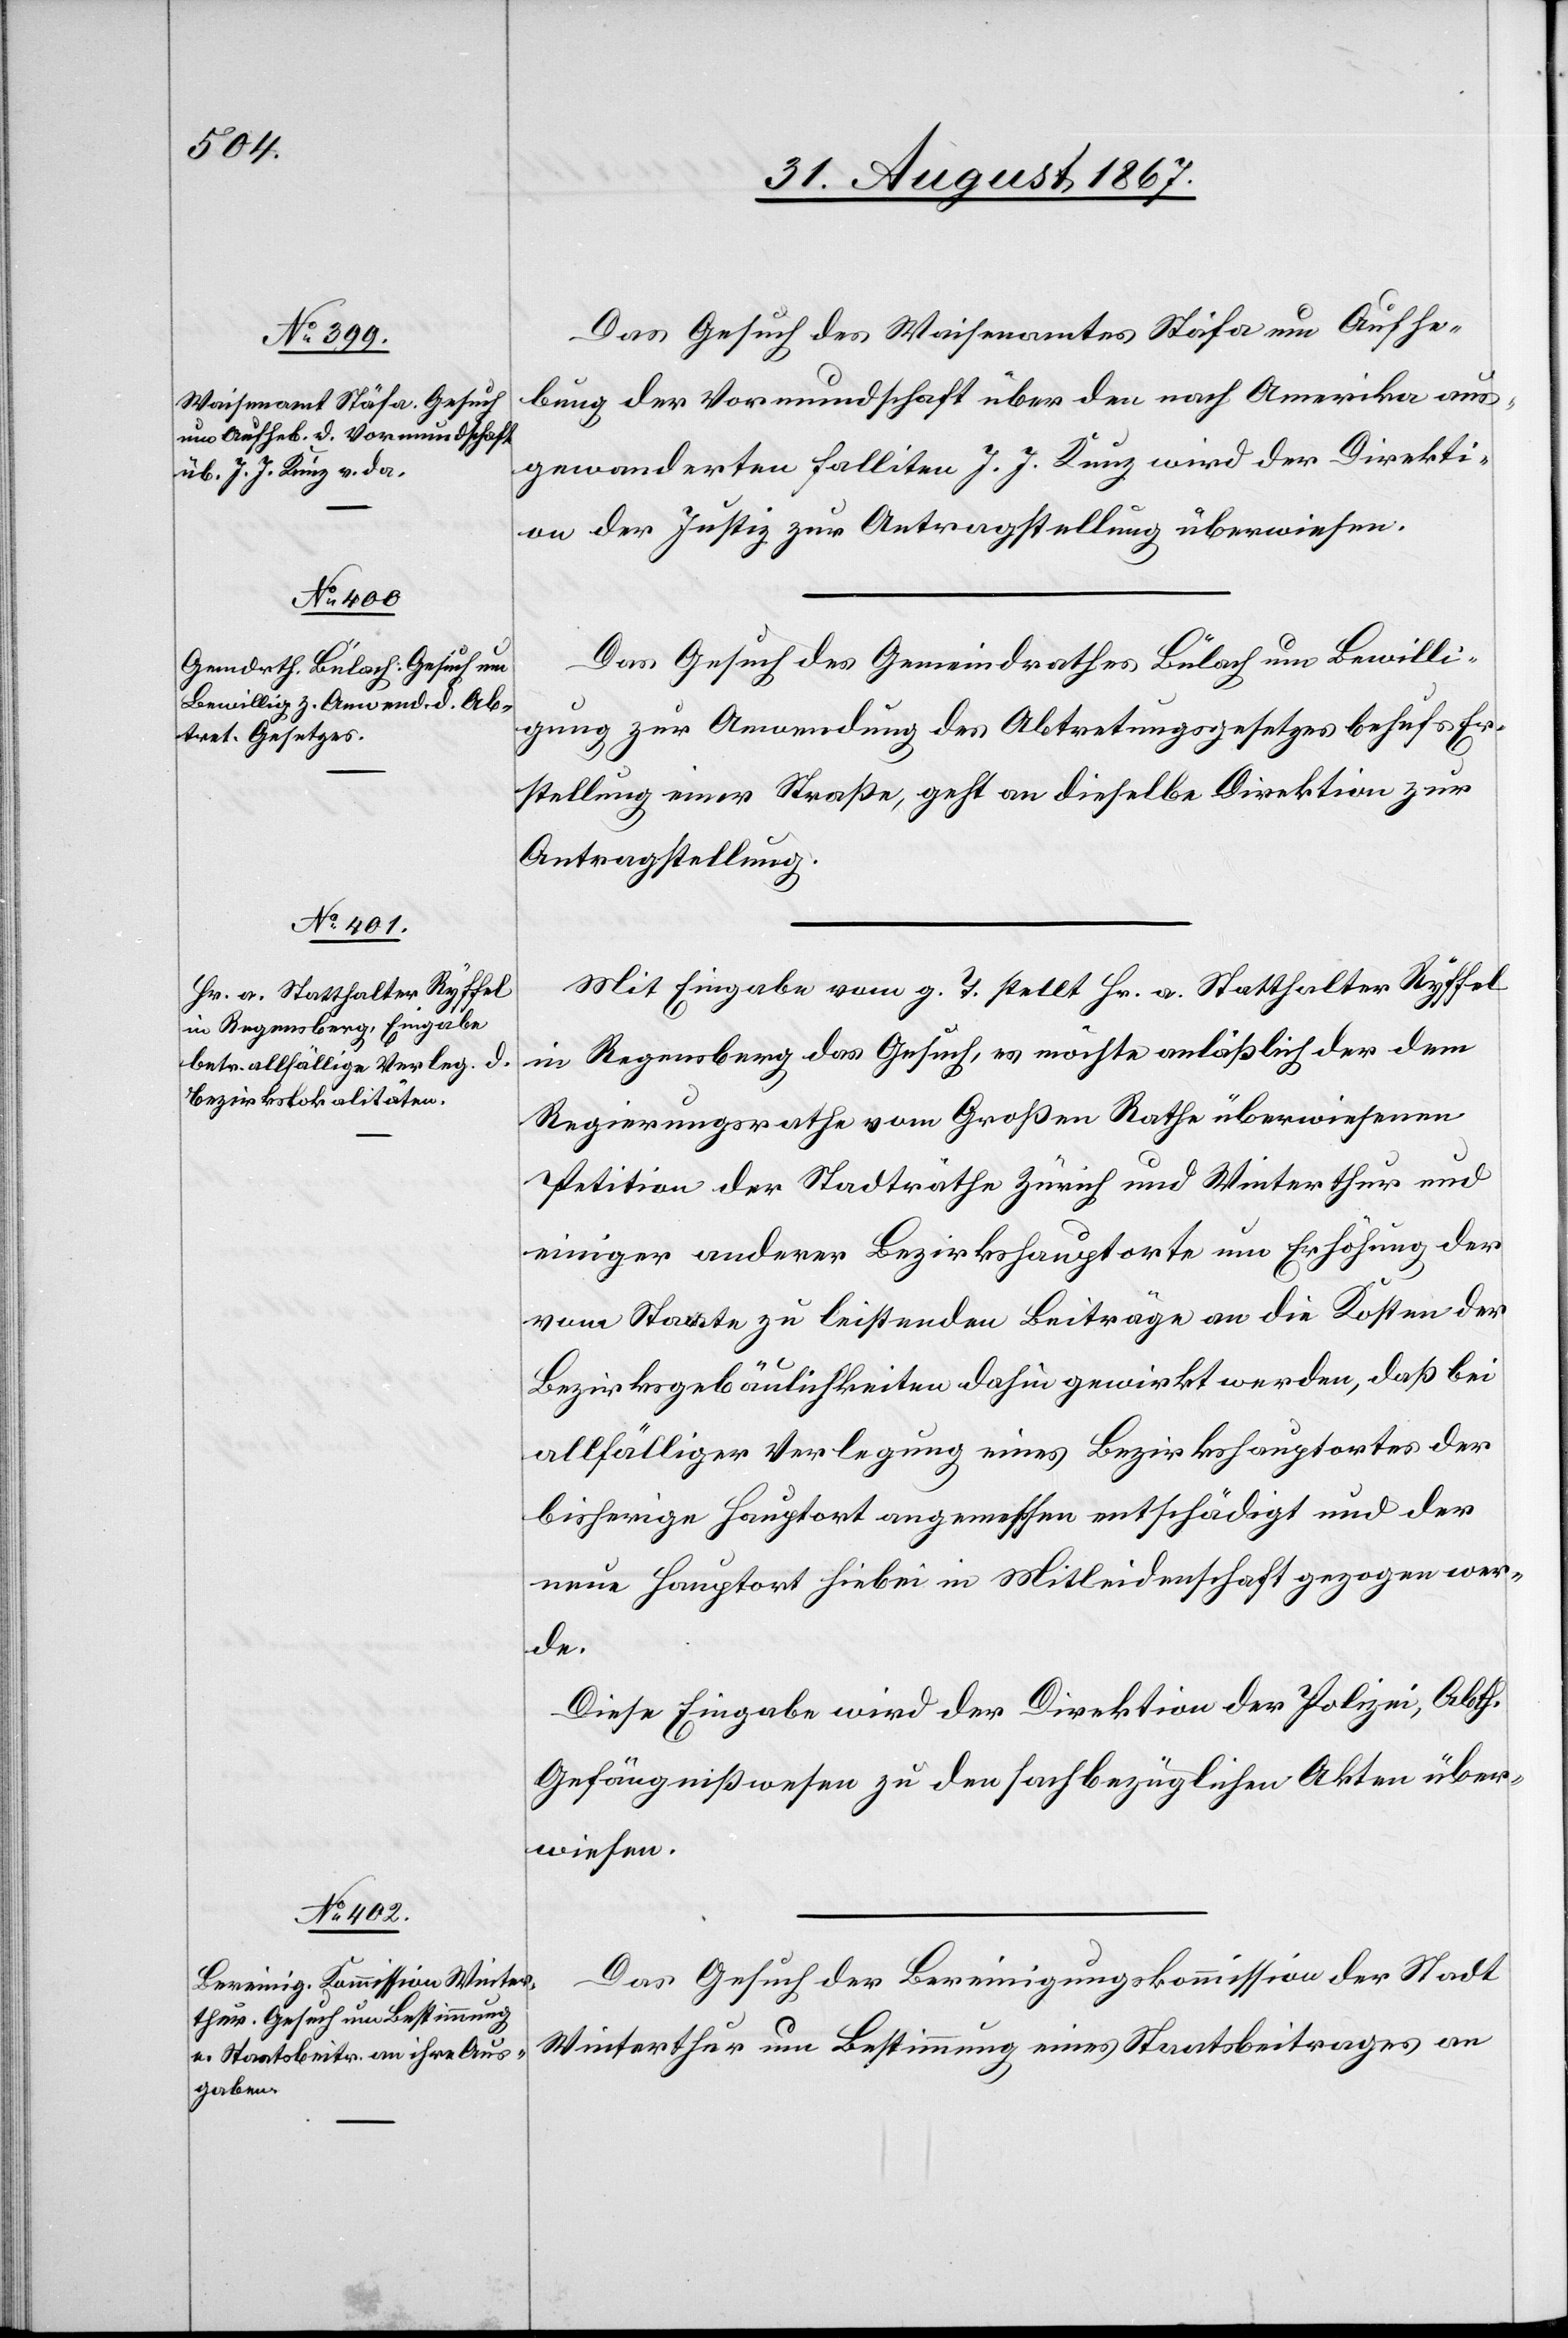
Das Gesuch des Waisenamtes Stäfa um Aufhe¬
bung der Vormundschaft über den nach Amerika aus¬
gewanderten Falliten J. J. Kunz wird der Direkti¬
on der Justiz zur Antragstellung überwiesen.
Das Gesuch des Gemeindrathes Bülach um Bewilli¬
gung zur Anwendung des Abtretungsgesetzes behufs Er¬
stellung einer Straße, geht an dieselbe Direktion zur
Antragstellung.
Mit Eingabe vom g. T. stellt Hr. a. Statthalter Ryffel
in Regensberg das Gesuch, es möchte anläßlich der dem
Regierungsrathe vom Großen Rathe überwiesenen
Petition der Stadträthe Zürich und Winterthur und
einiger anderer Bezirkshauptorte um Erhöhung der
3.
vom Staate zu leistenden Beiträge an die Kosten der
Bezirksbäulichkeiten dahin gewirkt werden, daß bei
allfälliger Verlegung eines Bezirkshauptortes der
bisherige Hauptort angemessen entschädigt und der
neue Hauptort hiebei in Mitleidenschaft gezogen wer¬
de.
Diese Eingabe wird der Direktion der Polizei, Abth.
Gefängnißwesen zu den sachbezüglichen Akten über¬
wiesen.
Das Gesuch der Bereinigungskommission der Stadt
Winterthur um Bestimmung eines Staatsbeitrages an